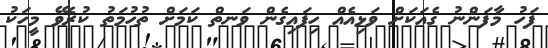
ފަހު މާފަންނު ގެއަކަށް ވަޅިއެއް ހިފައިގެން ވަނތް ކަމަށް ތުހުމަތު ކުރެވޭ މީހަކު